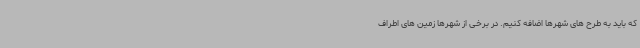
که باید به طرح های شهرها اضافه کنیم. در برخی از شهرها زمین های اطراف